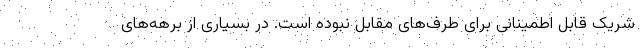
شریک قابل اطمینانی برای طرف‌های مقابل نبوده است. در بسیاری از برهه‌های